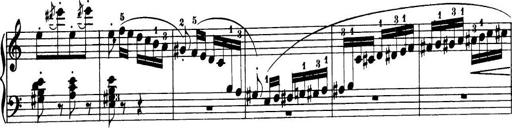
Title: 32 Sonatinas and Rondos for the Piano
Composer: Richard Kleinmichel